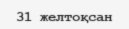
31 желтоқсан